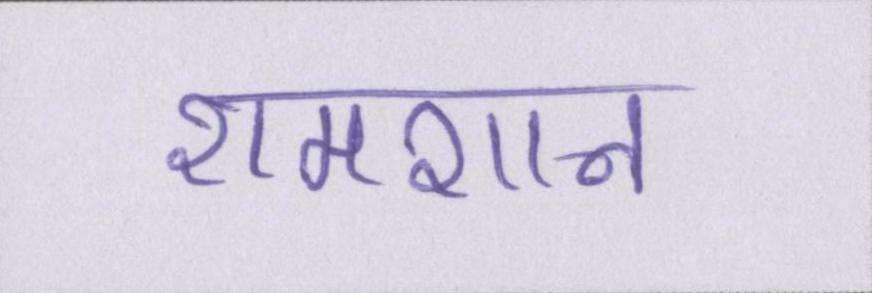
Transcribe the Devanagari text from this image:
शमशान